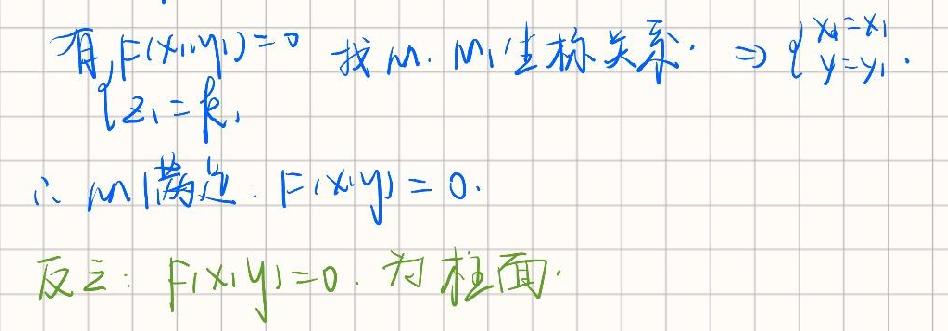
有,$F(x,y)=0$ 找 $M$. $M$ 坐标关系. $\Rightarrow \left\{\begin{array}{l} x = x_{1}\\ y = y_{1}\end{array}\right.$
$z_{1}=k_{1}$
$\therefore M$ 满足 $F(x,y)=0$.
反之: $F(x,y)=0$ 为柱面.